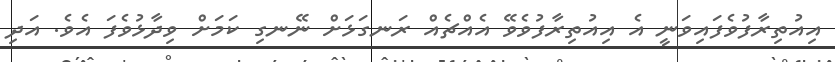
އިއުތިރާފުވެފައިވަނީ އެ އިއުތިރާފުވެވޭ އެއްޗެއް ރަނގަޅަށް ނޭނގި ކަމަށް ވިދާޅުވެފަ އެވެ. އަދި